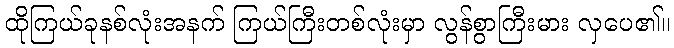
ထိုကြယ်ခုနစ်လုံးအနက် ကြယ်ကြီးတစ်လုံးမှာ လွန်စွာကြီးမား လှပေ၏။